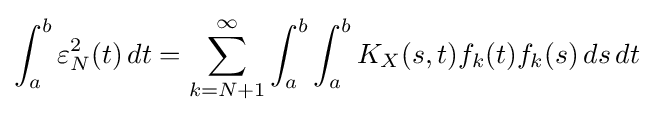
\int _{a}^{b}\varepsilon _{N}^{2}(t)\,dt=\sum _{k=N+1}^{\infty }\int _{a}^{b}\int _{a}^{b}K_{X}(s,t)f_{k}(t)f_{k}(s)\,ds\,dt